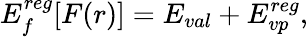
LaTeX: E_{f}^{reg}[F(r)]=E_{val}+E_{vp}^{reg},